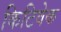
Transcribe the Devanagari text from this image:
किटिवेक